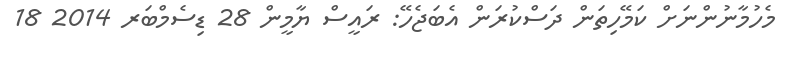
މެހުމާނުންނަށް ކަމޭހިތަން ދަސްކުރަން އެބަޖެހޭ: ރައީސް ޔާމީން 28 ޑިސެމްބަރ 2014 18